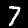
Label: 7